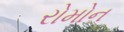
રોમોન